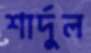
শার্দুল